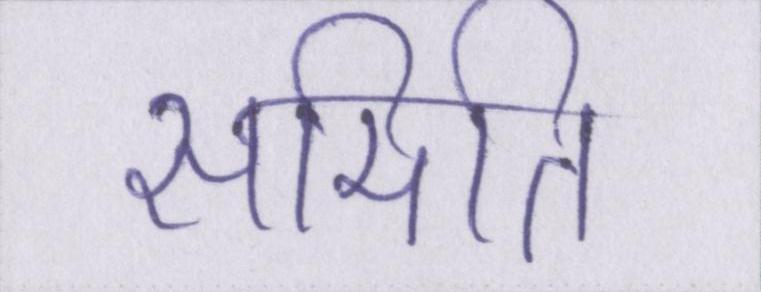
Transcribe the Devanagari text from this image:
समिति